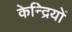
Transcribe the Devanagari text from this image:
केन्द्रियों